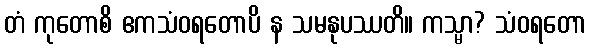
တံ ကုတောစိ ဧကသံဝရတောပိ န သမနုပဿတိ။ ကသ္မာ? သံဝရတော